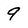
Character: 9